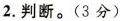
2.判断。(3分)